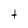
Character: t